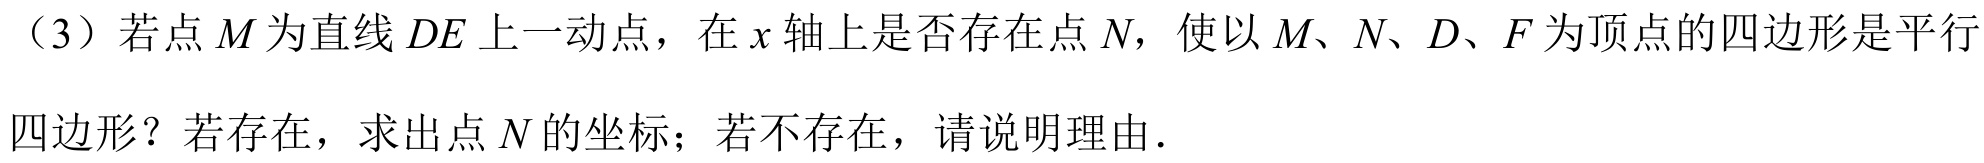
（3）若点\(M\)为直线\(DE\)上一动点，在\(x\)轴上是否存在点\(N\)，使以\(M、N、D、F\)为顶点的四边形是平行四边形？若存在，求出点\(N\)的坐标；若不存在，请说明理由．